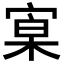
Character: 𡩕